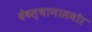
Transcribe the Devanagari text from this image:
देवस्थानासमोर